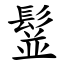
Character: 䰃